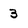
Character: 3